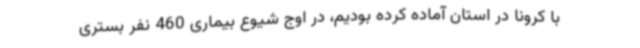
با کرونا در استان آماده کرده بودیم، در اوج شیوع بیماری 460 نفر بستری